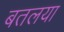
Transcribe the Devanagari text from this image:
बतलया